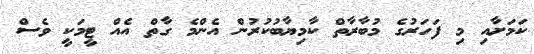
ކަމަށާއި މި ފަހަރުގެ މުބާރާތް ކާމިޔާބުކުރުން އެންމެ ގާތް އެއް ޓީމަކީ ވެސް